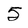
Character: 5